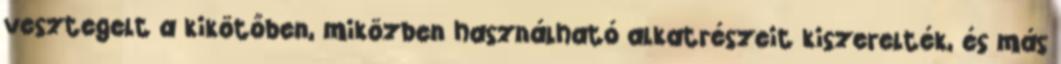
vesztegelt a kikötőben, miközben használható alkatrészeit kiszerelték, és más